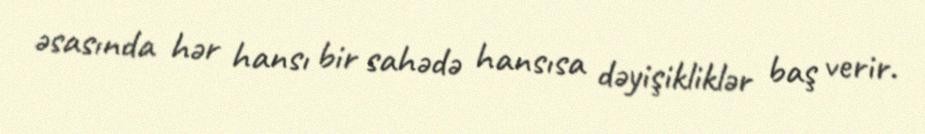
əsasında hər hansı bir sahədə hansısa dəyişikliklər baş verir.